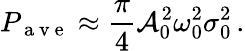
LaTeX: P_{\mathrm{~a~v~e~}}\approx\frac{\pi}{4}\mathcal{A}_{0}^{2}\omega_{0}^{2}\sigma_{0}^{2}\, .